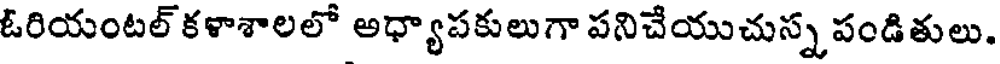
ఓరియంటల్ కళాశాలలో అధ్యాపకులుగా పనిచేయుచుస్న పండితులు.